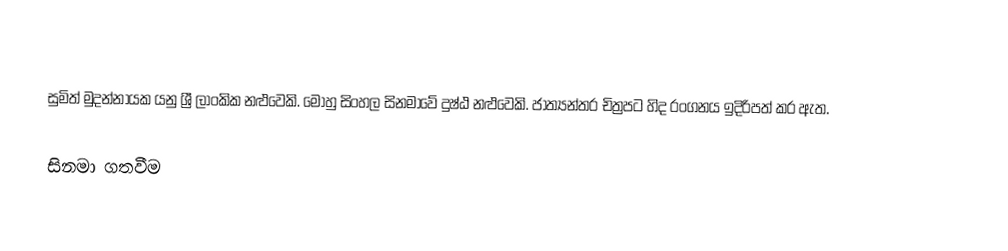
සුමිත් මුදන්නායක යනු ශ්‍රී ලාංකික නළුවෙකි. මොහු සිංහල සිනමාවේ දුෂ්ඨ නළුවෙකි. ජාත්‍යන්තර චිත්‍රපට හිද රංගනය ඉදිරිපත් කර ඇත.

සිනමා ගතවීම